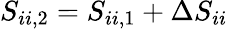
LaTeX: S_{ii,2}=S_{ii,1}+\Delta S_{ii}